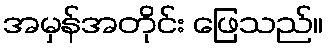
အမှန်အတိုင်း ဖြေသည်။